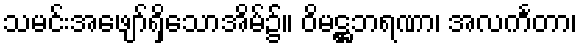
သမင်းအဖျော်ရှိသောအိမ်၌။ ဝိမဋ္ဌဘရဏာ၊ အလင်္ကတာ၊